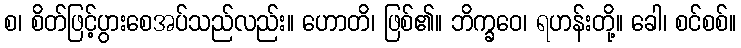
စ၊ စိတ်ဖြင့်ပွားစေအပ်သည်လည်း။ ဟောတိ၊ ဖြစ်၏။ ဘိက္ခဝေ၊ ရဟန်းတို့။ ခေါ၊ စင်စစ်။